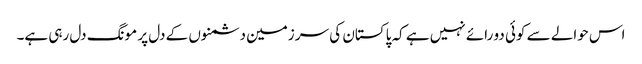
اس حوالے سے کوئی دو رائے نہیں ہے کہ پاکستان کی سر زمین دشمنوں کے دل پر مونگ دل رہی ہے۔